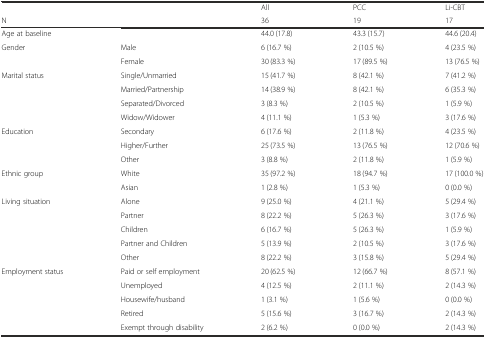
|  |  | All | PCC | Li-CBT |
 | N |  | 36 | 19 | 17 |
 | --- | --- | --- | --- | --- |
 | Age at baseline |  | 44.0 (17.8) | 43.3 (15.7) | 44.6 (20.4) |
 | <ROWSPAN=2> Gender | Male | 6 (16.7 %) | 2 (10.5 %) | 4 (23.5 %) |
 | Female | 30 (83.3 %) | 17 (89.5 %) | 13 (76.5 %) |
 | <ROWSPAN=4> Marital status | Single/Unmarried | 15 (41.7 %) | 8 (42.1 %) | 7 (41.2 %) |
 | Married/Partnership | 14 (38.9 %) | 8 (42.1 %) | 6 (35.3 %) |
 | Separated/Divorced | 3 (8.3 %) | 2 (10.5 %) | 1 (5.9 %) |
 | Widow/Widower | 4 (11.1 %) | 1 (5.3 %) | 3 (17.6 %) |
 | <ROWSPAN=3> Education | Secondary | 6 (17.6 %) | 2 (11.8 %) | 4 (23.5 %) |
 | Higher/Further | 25 (73.5 %) | 13 (76.5 %) | 12 (70.6 %) |
 | Other | 3 (8.8 %) | 2 (11.8 %) | 1 (5.9 %) |
 | <ROWSPAN=2> Ethnic group | White | 35 (97.2 %) | 18 (94.7 %) | 17 (100.0 %) |
 | Asian | 1 (2.8 %) | 1 (5.3 %) | 0 (0.0 %) |
 | <ROWSPAN=5> Living situation | Alone | 9 (25.0 %) | 4 (21.1 %) | 5 (29.4 %) |
 | Partner | 8 (22.2 %) | 5 (26.3 %) | 3 (17.6 %) |
 | Children | 6 (16.7 %) | 5 (26.3 %) | 1 (5.9 %) |
 | Partner and Children | 5 (13.9 %) | 2 (10.5 %) | 3 (17.6 %) |
 | Other | 8 (22.2 %) | 3 (15.8 %) | 5 (29.4 %) |
 | <ROWSPAN=5> Employment status | Paid or self employment | 20 (62.5 %) | 12 (66.7 %) | 8 (57.1 %) |
 | Unemployed | 4 (12.5 %) | 2 (11.1 %) | 2 (14.3 %) |
 | Housewife/husband | 1 (3.1 %) | 1 (5.6 %) | 0 (0.0 %) |
 | Retired | 5 (15.6 %) | 3 (16.7 %) | 2 (14.3 %) |
 | Exempt through disability | 2 (6.2 %) | 0 (0.0 %) | 2 (14.3 %) |